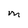
Character: M